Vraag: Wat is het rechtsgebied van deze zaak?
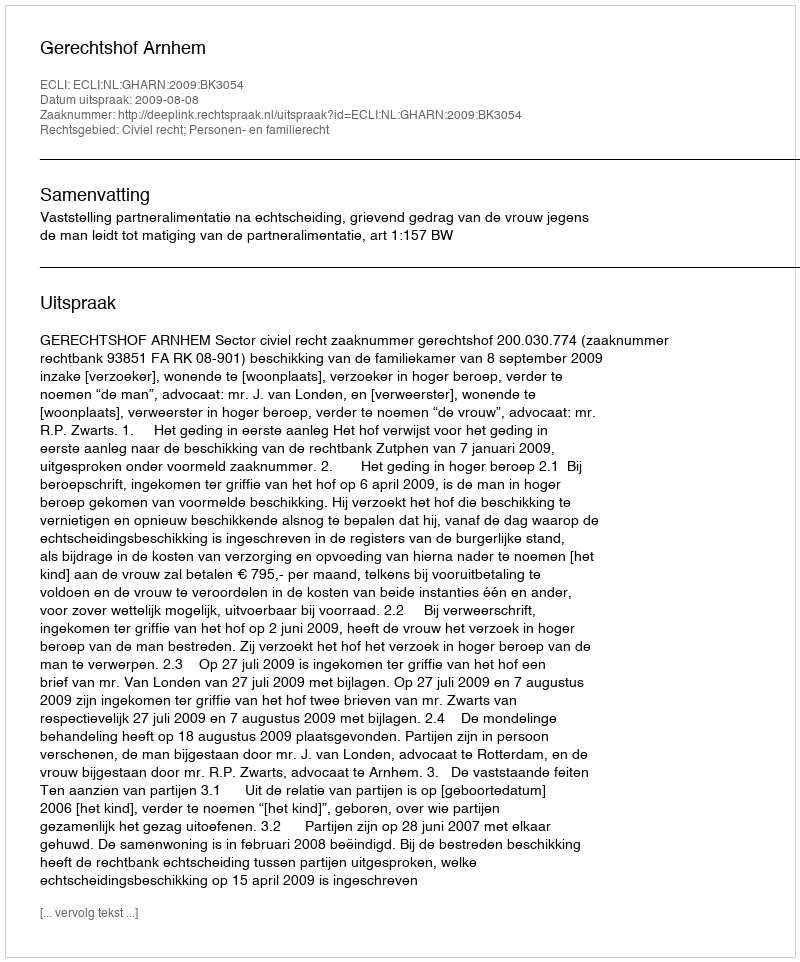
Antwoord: Civiel recht; Personen- en familierecht